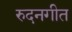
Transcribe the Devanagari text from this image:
रुदनगीत